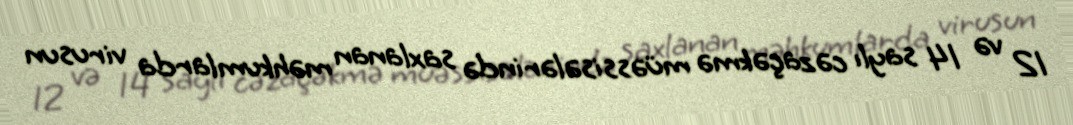
12 və 14 saylı cəzaçəkmə müəssisələrində saxlanan məhkumlarda virusun